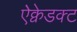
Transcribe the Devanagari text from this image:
ऐक्वेडक्ट